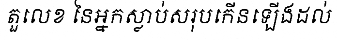
តួលេខ នៃអ្នកស្លាប់សរុបកើនឡើងដល់